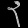
Digit: ၃